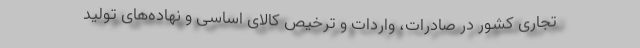
تجاری کشور در صادرات، واردات و ترخیص کالای اساسی و نهاده‌های تولید